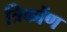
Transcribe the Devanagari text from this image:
त्रिकोंण